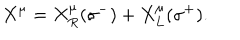
X ^ { \mu } = X _ { R } ^ { \mu } ( \sigma ^ { - } ) + X _ { L } ^ { \mu } ( \sigma ^ { + } ) .